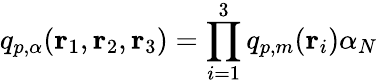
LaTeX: q_{p,{\alpha}}({\mathbf r}_{1},{\mathbf r}_{2},{\mathbf r}_{3})=\prod_{i=1}^{3}q_{p,m}({\mathbf r}_{i}){\alpha}_{N}